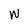
Character: W